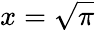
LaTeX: x={\sqrt{\pi}}